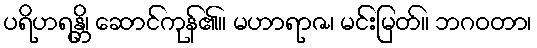
ပရိဟရန္တိ၊ ဆောင်ကုန်၏။ မဟာရာဇ၊ မင်းမြတ်။ ဘဂဝတာ၊